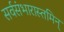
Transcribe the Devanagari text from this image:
सर्वसंभारास्तमिन्‌